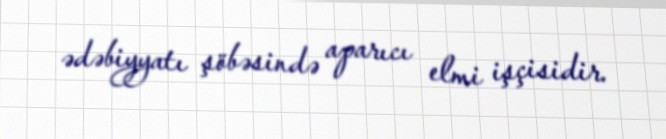
ədəbiyyatı şöbəsində aparıcı elmi işçisidir.